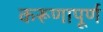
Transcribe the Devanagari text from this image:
करूणापूर्ण